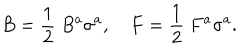
B = \frac { 1 } { 2 } ~ B ^ { a } \sigma ^ { a } , \quad F = \frac { 1 } { 2 } ~ F ^ { a } \sigma ^ { a } .